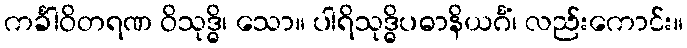
ကင်္ခါဝိတရဏ ဝိသုဒ္ဓိ၊ သော။ ပါရိသုဒ္ဓိပဓာနိယင်္ဂံ၊ လည်းကောင်း။